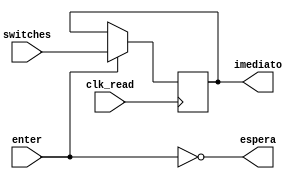
module entradaSwitches
(
	input [15:0] switches,
	input enter,
	input clk_read,
	output reg [15:0] imediato,
	output espera
);

	always @(posedge clk_read)
	begin
		if(enter) imediato <= switches;
	end
	
	assign espera = ~ enter;

endmodule